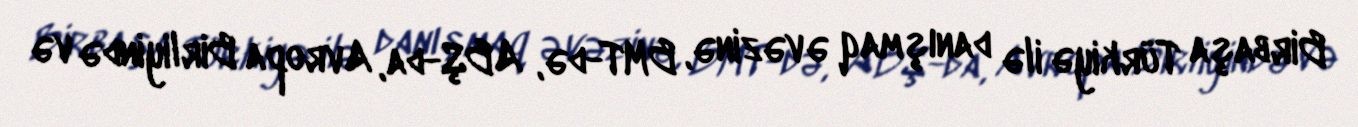
Birbaşa Türkiyə ilə danışmaq əvəzinə, BMT-də, ABŞ-da, Avropa Birliyində və